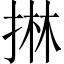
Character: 㨆